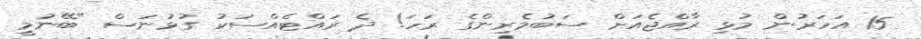
15 އަހަރުން މުޅި ރާއްޖެއަށް ސަބުމެރިންގެ ރަހަ! ދެ ރައްޓެއްސަކު ގުޅުނަސް "ބޭނުމީ